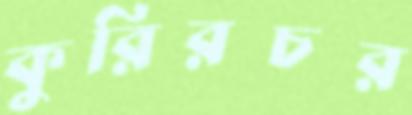
কুরিরচর